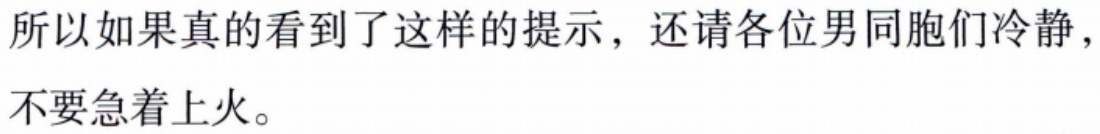
所以如果真的看到了这样的提示，还请各位男同胞们冷静，不要急着上火。